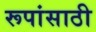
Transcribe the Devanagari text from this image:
रूपांसाठी